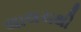
લાલચથી